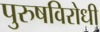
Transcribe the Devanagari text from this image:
पुरुषविरोधी